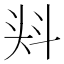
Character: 𭑎